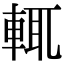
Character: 輒